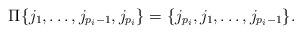
LaTeX: \begin{align*} \Pi\{j_1,\ldots,j_{p_i-1},j_{p_i}\}=\{j_{p_i},j_1,\ldots,j_{p_i-1}\}.\end{align*}